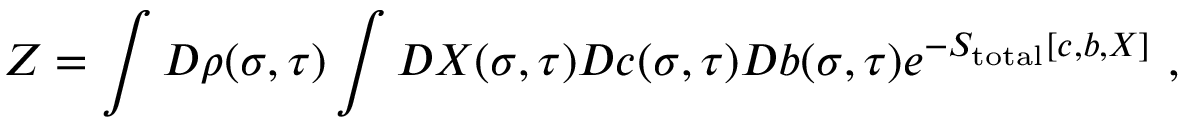
Z = \int { \cal D } \rho ( \sigma , \tau ) \int { \cal D } X ( \sigma , \tau ) { \cal D } c ( \sigma , \tau ) { \cal D } b ( \sigma , \tau ) e ^ { - { \cal S } _ { \mathrm { t o t a l } } [ c , b , X ] } ~ ,